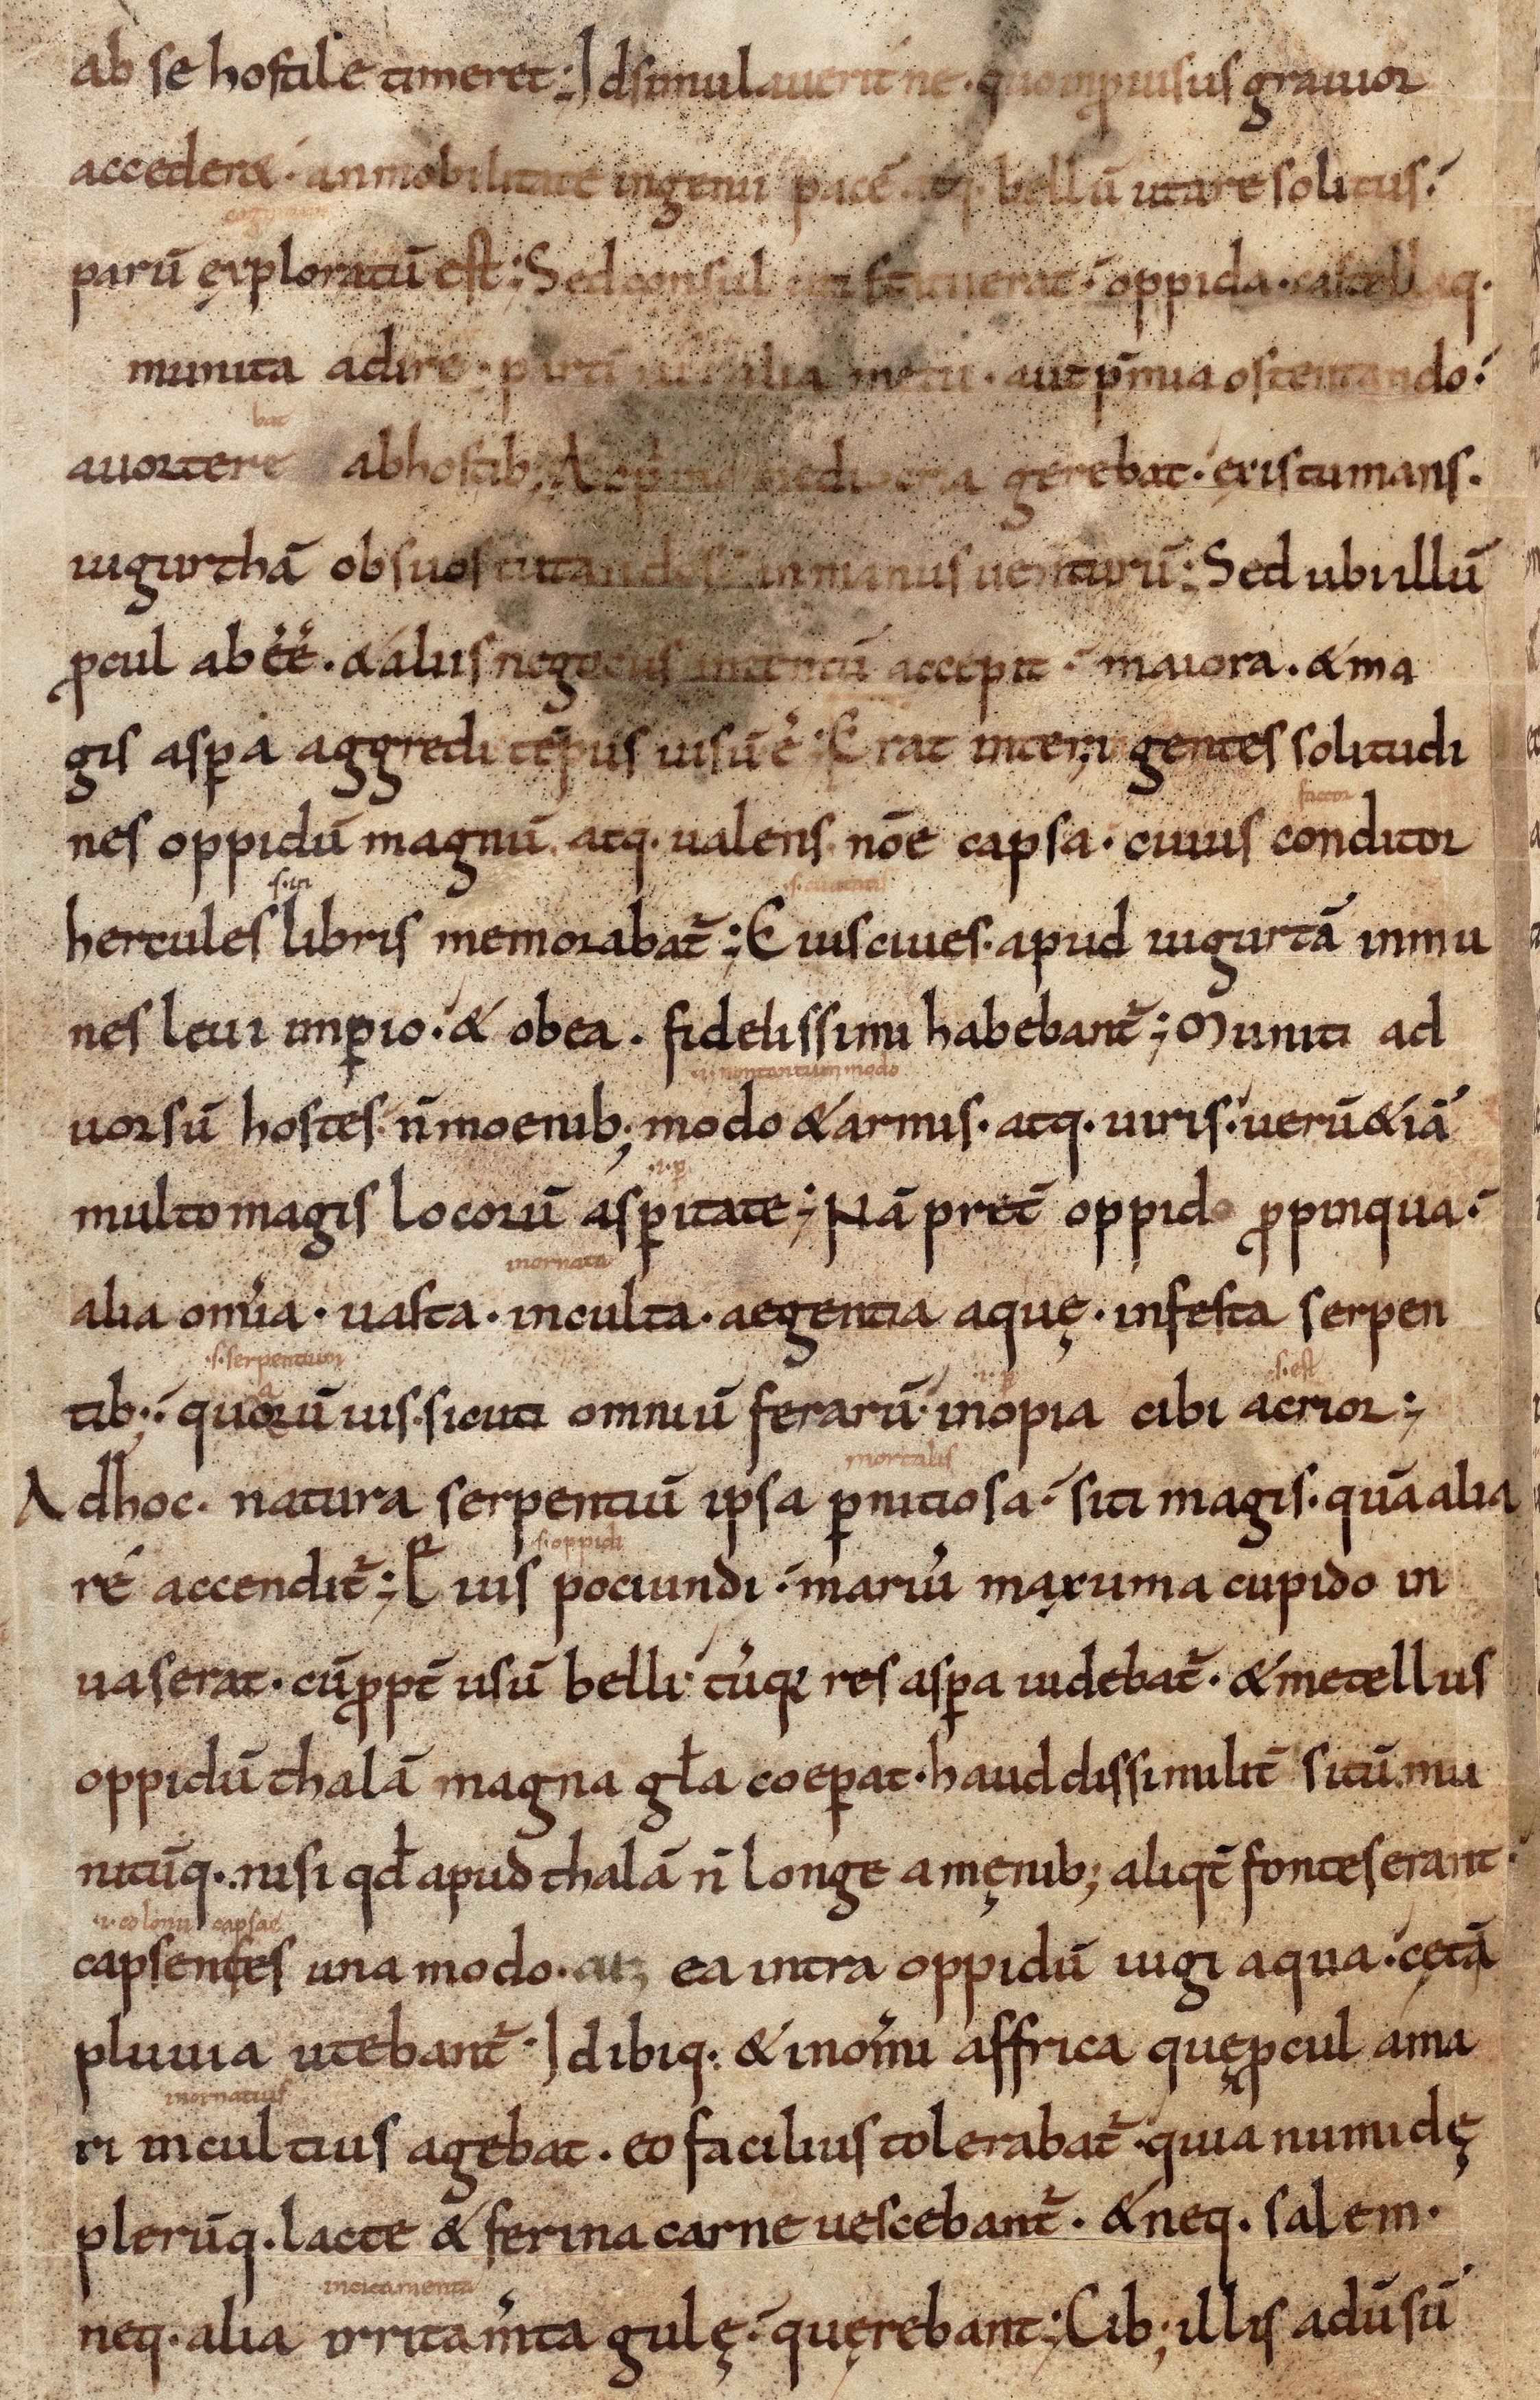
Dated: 1000–1099